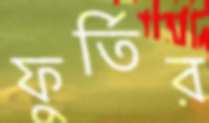
ফুর্তির